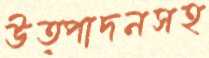
উত্পাদনসহ